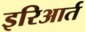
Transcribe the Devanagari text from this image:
इरिआर्त